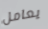
يعامل